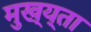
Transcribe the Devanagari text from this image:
मुख्य्ता